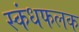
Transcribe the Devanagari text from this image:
स्कंधफलक